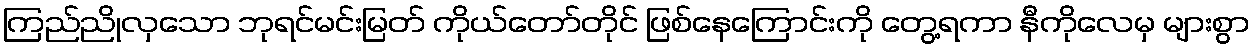
ကြည်ညိုလှသော ဘုရင်မင်းမြတ် ကိုယ်တော်တိုင် ဖြစ်နေကြောင်းကို တွေ့ရကာ နီကိုလေမှ များစွာ